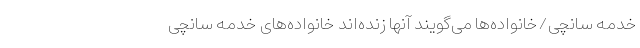
خدمه سانچی/خانواده‌ها می‌گویند آنها زنده‌اند خانواده‌های خدمه سانچی